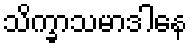
သိက္ခာသမာဒါနေ